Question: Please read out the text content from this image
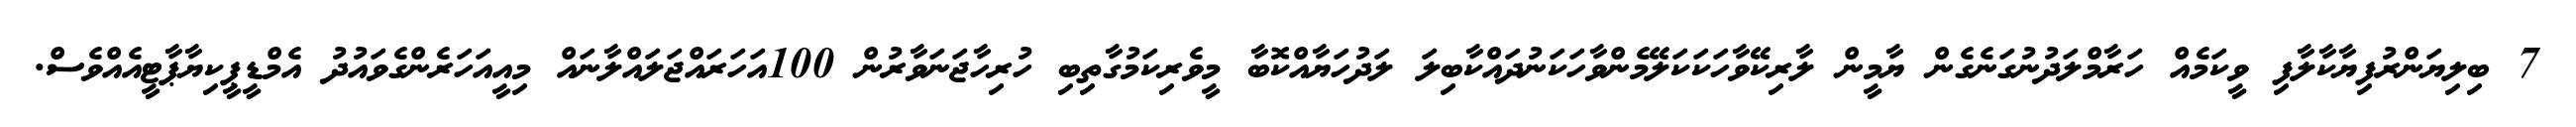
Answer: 7 ބިލިޔަންރުފިޔާކާލާފި ވީކަމެއް ހަރާމްލަދުނުގަނެގެން ޔާމީން ލާރިކޭވާހަކަކަލޭމެންވާހަކަނުދައްކާބިލަ ލަދުހަޔާއްކޮބާ މީވެރިކަމުގާތިބި ހުރިހާޖަނަވާރުން 100އަހަރައްޖަލައްލާނައް މިއީއަހަރެންގެވައުދު އެމްޑީޕީކިޔާޕާޓީއެއްވެސް.